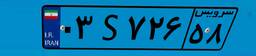
۹۶S۵۲۶۸۱